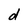
Character: d